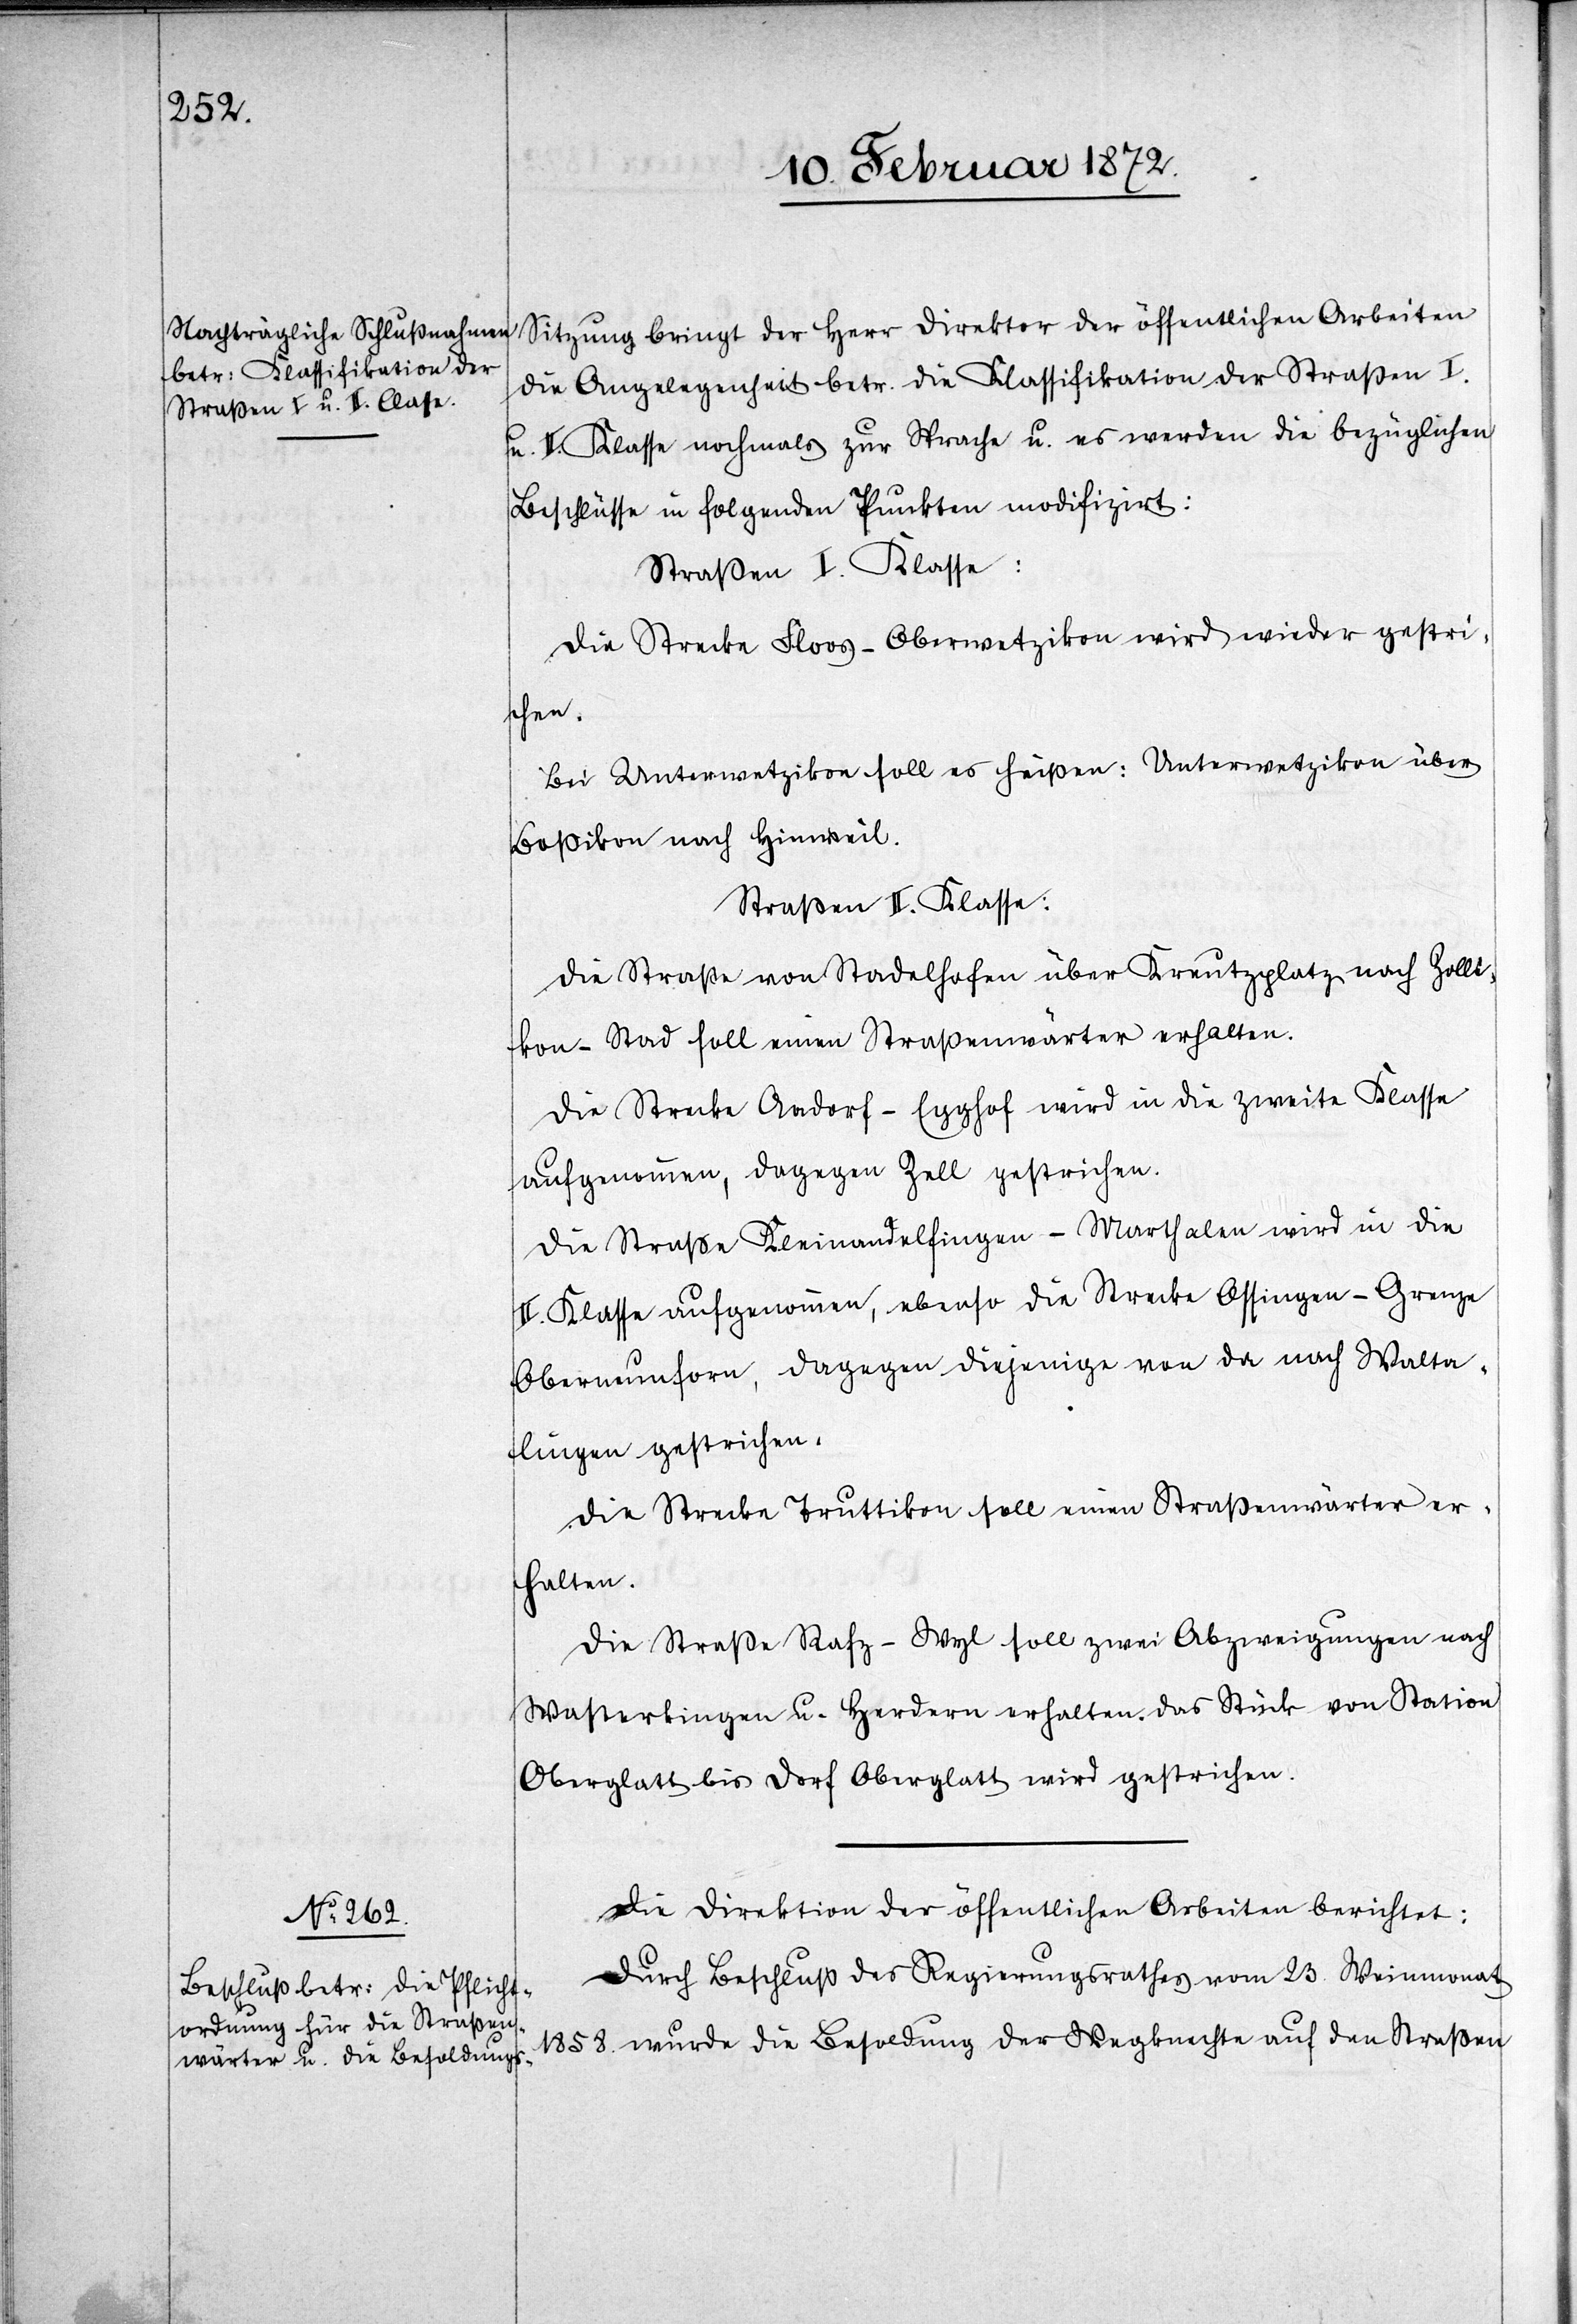
Sitzung bringt der Herr Direktor der öffentlichen Arbeiten
die Angelegenheit betr. die Klassifikation der Straßen I.
u. II. Klasse nochmals zur Sprache u. es werden die bezüglichen
Beschlüsse in folgenden Punkten modifizirt:
Straßen I. Klasse:
Die Strecke Floos–Oberwetzikon wird wieder gestri¬
chen.
Bei Unterwetzikon soll es heißen: Unterwetzikon über
Boßikon nach Hinweil.
Straßen II. Klasse:
Die Straße von Stadelhofen über Kreuzplatz nach Zolli¬
kon–Stad soll einen Straßenwärter erhalten.
Die Strecke Aadorf–Egghof wird in die zweite Klasse
aufgenommen, dagegen Zell gestrichen.
Die Straße Kleinandelfingen–Marthalen wird in die
II. Klasse aufgenommen, ebenso die Strecke Ossingen–Grenze
Oberneunforn, dagegen diejenige von da nach Walta¬
lingen gestrichen.
Die Strecke Truttikon soll einen Straßenwärter er¬
halten.
Die Straße Rafz–Wyl soll zwei Abzweigungen nach
Wasterkingen u. Herdern erhalten. Das Stück von Station
Oberglatt bis Dorf Oberglatt wird gestrichen.
Die Direktion der öffentlichen Arbeiten berichtet:
Durch Beschluß des Regierungsrathes vom 23. Weinmonat
1858. wurde die Besoldung der Wegknechte auf den Straßen